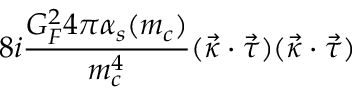
8 i \frac { G _ { F } ^ { 2 } 4 \pi \alpha _ { s } ( m _ { c } ) } { m _ { c } ^ { 4 } } ( \vec { \kappa } \cdot \vec { \tau } ) ( \vec { \kappa } \cdot \vec { \tau } )